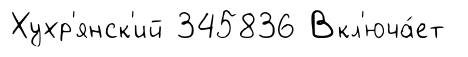
Хухр'янск'ий 345836 Вкл'юча́ет